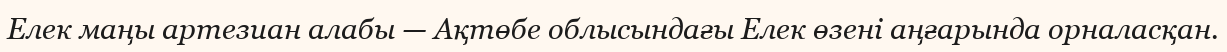
Елек маңы артезиан алабы — Ақтөбе облысындағы Елек өзені аңғарында орналасқан.